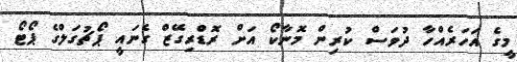
މީގެ އަހަރެއްހާ ދުވަސް ކުރިން މޮނާކޯ އަށް ރޮޑްރިގޭޒް ގެނައީ ޕޯޗުގަލްގެ ޕޯޓޯ